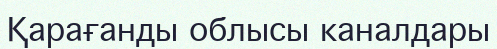
Қарағанды облысы каналдары